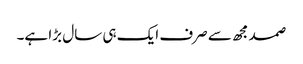
صمد مجھ سے صرف ایک ہی سال بڑا ہے۔